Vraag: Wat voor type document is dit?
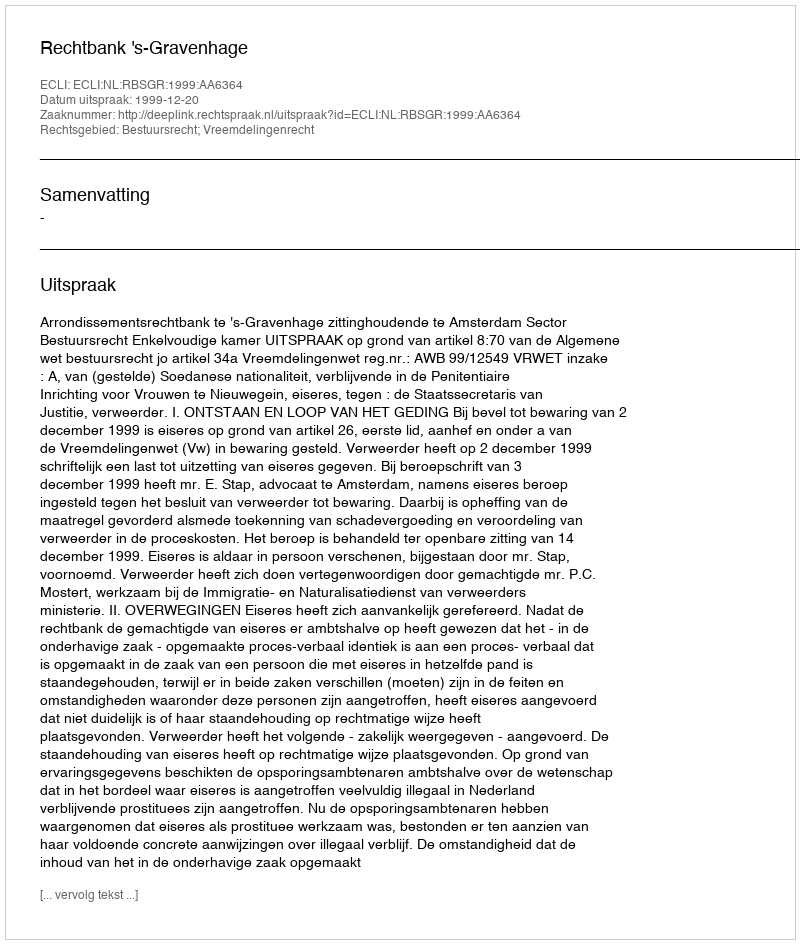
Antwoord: Uitspraak